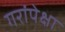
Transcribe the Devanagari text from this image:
गरांपेक्षा